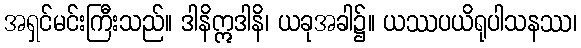
အရှင်မင်းကြီးသည်။ ဒါနိဣဒါနိ၊ ယခုအခါ၌။ ယဿပယိရုပါသနဿ၊